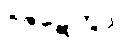
ဝိဇဋေတွာ